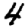
Digit: 4